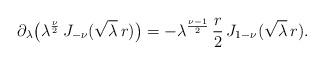
LaTeX: \begin{align*} \partial_\lambda \big (\lambda^{\frac{\nu}{2}} \, J_{-\nu}(\sqrt{\lambda}\, r) \big ) = -\lambda^{\frac{\nu-1}{2}}\, \frac r2\, J_{1-\nu}(\sqrt{\lambda}\, r).\end{align*}